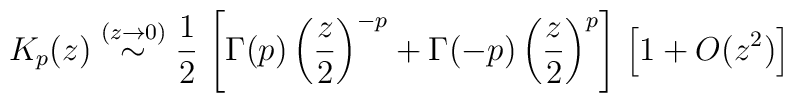
K_{p} (z)  \stackrel{(z \rightarrow 0)}{\sim} \frac{1}{2}\,\left[\Gamma (p)\left( \frac{z}{2} \right)^{-p} +\Gamma (-p)\left( \frac{z}{2} \right)^{p}\right]\,\left[ 1 + O(z^{2}) \right]\;